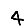
Digit: 4